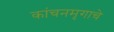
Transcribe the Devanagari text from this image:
कांचनमृगाचे